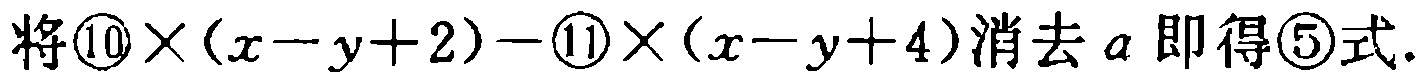
将\textcircled{10}\(\times(x - y + 2)-\textcircled{11}\times(x - y + 4)\)消去\(a\)即得\textcircled{5}式.